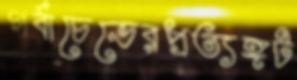
গর্বাচেভেরপ্রত্যঙ্গট